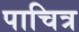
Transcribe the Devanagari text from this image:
पाचित्र